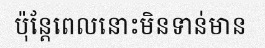
ប៉ុន្តែពេលនោះមិនទាន់មាន